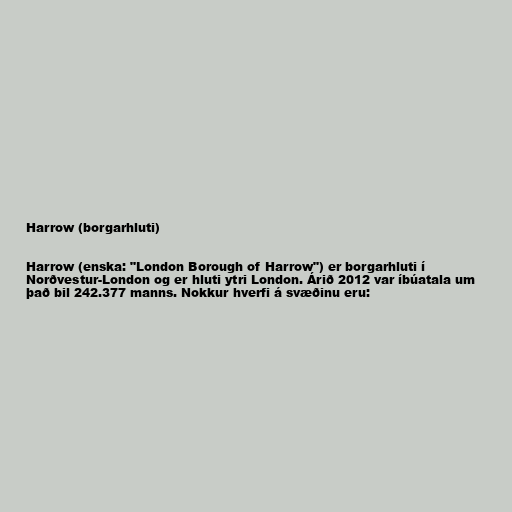
Harrow (borgarhluti)

Harrow (enska: "London Borough of Harrow") er borgarhluti í
Norðvestur-London og er hluti ytri London. Árið 2012 var íbúatala um
það bil 242.377 manns. Nokkur hverfi á svæðinu eru: